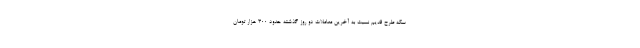
سکه طرح قدیم نسبت به آخرین معاملات دو روز گذشته حدود ۳۰۰ هزار تومان